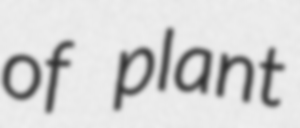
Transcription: of plant